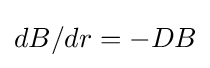
dB/dr=-DB